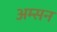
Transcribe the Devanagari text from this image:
अम्सन